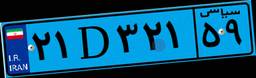
۲۱D۳۲۱۵۹